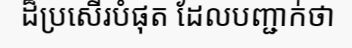
ដ៏ប្រសើរបំផុត ដែលបញ្ជាក់ថា